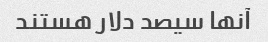
آنها سیصد دلار هستند